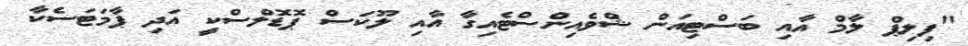
"ފިލިޕް ލާމް އާއި ބަސްޓިއަން ޝްވެއިންސްޓެއިގާ އާއި ލޫކަސް ޕޮޑޮލްސްކީ އަދި ޕާމަޓަސެކާ